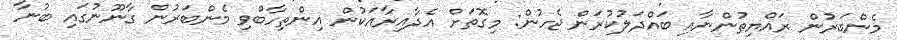
މެންބަރުން ރައްޔިތުންނާއި ބައްދަލުކުރަން ޖެހުން: މިގޮތަށް އެދާއިރާއަކުން އިންތިހާބްވި މެންބަރުން ގާނޫނުގައި ބުނާ